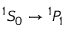
{ } ^ { 1 } S _ { 0 } \rightarrow { } ^ { 1 } P _ { 1 }